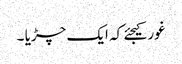
غور کیجئے کہ ایک چڑیا ۔